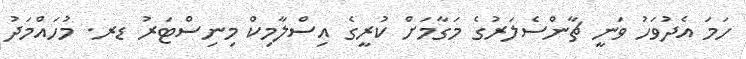
ހަމަ އެދުވަހު ވަނީ ޗާންސެލަރުގެ މަގާމަށް ކުރީގެ އިސްލާމިކް މިނިސްޓަރު ޑރ. މުހައްމަދު